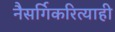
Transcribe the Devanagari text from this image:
नैसर्गिकरित्याही